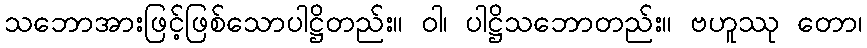
သဘောအားဖြင့်ဖြစ်သောပါဋ္ဌိတည်း။ ဝါ၊ ပါဋ္ဌိသဘောတည်း။ ဗဟူဿု တော၊